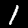
Digit: 1